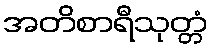
အတိစာရီသုတ္တံ